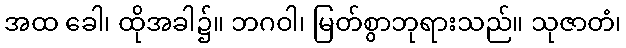
အထ ခေါ၊ ထိုအခါ၌။ ဘဂဝါ၊ မြတ်စွာဘုရားသည်။ သုဇာတံ၊